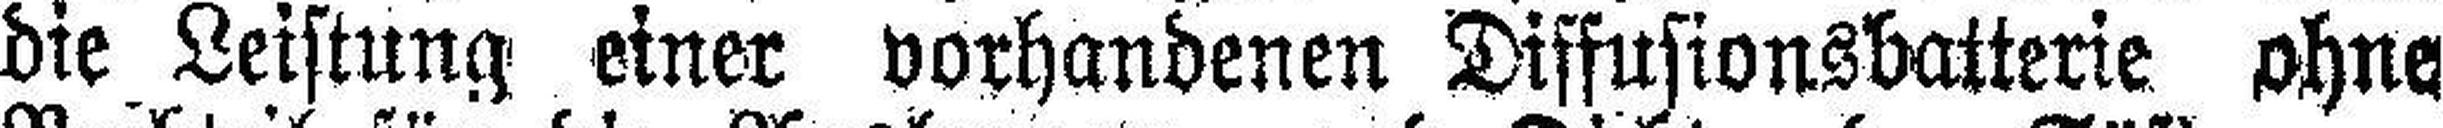
die Leistung einer vorhandenen Diffusionsbatterie ohne